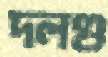
দলগু